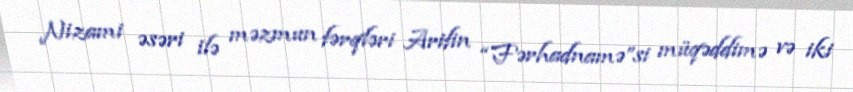
Nizami əsəri ilə məzmun fərqləri Arifin “Fərhadnamə”si müqəddimə və iki